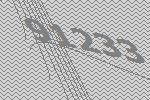
91233